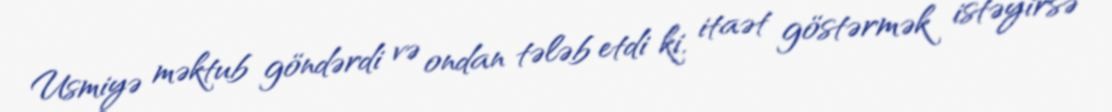
Usmiyə məktub göndərdi və ondan tələb etdi ki, itaət göstərmək istəyirsə